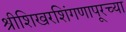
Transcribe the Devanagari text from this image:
श्रीशिखरशिंगणापूरच्या